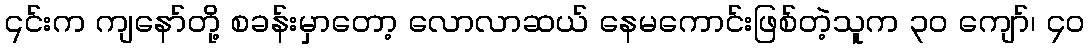
၎င်းက ကျနော်တို့ စခန်းမှာတော့ လောလာဆယ် နေမကောင်းဖြစ်တဲ့သူက ၃၀ ကျော်၊ ၄၀